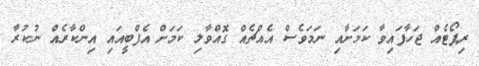
ރިޕޯޓެއް ޖަހާފައިވާ ކަމަށާއި ނަމަވެސް އެއްޗެއް ގޮއްވާލި ކަމަށް އެފްބީއައި އިންކާރެއް ނުކުރާ